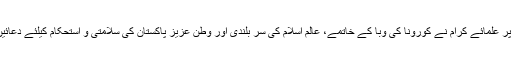
اس موقع پر علمائے کرام نے کورونا کی وبا کے خاتمے، عالم اسلام کی سر بلندی اور وطن عزیز پاکستان کی سلامتی و استحکام کیلئے دعائیں مانگیں۔